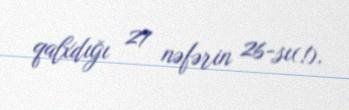
qalxdığı 27 nəfərin 26-sı(!).